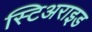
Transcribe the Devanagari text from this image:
स्टिअराइड